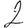
Digit: 2